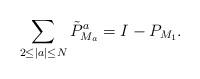
LaTeX: \begin{align*}\sum_{2\le|a|\le N}\tilde{P}^a_{M_a}=I-P_{M_1}.\end{align*}